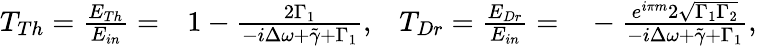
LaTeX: \begin{array}{rlrl}{T_{Th}=\frac{E_{Th}}{E_{in}}=}&{{}1-\frac{2\Gamma_{1}}{-i\Delta\omega+\tilde{\gamma}+\Gamma_{1}},}&{T_{Dr}=\frac{E_{Dr}}{E_{in}}=}&{{}-\frac{e^{i\pi m}2\sqrt{\Gamma_{1}\Gamma_{2}}}{-i\Delta\omega+\tilde{\gamma}+\Gamma_{1}},}\end{array}